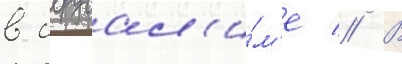
в иерусал'и́м'е // В